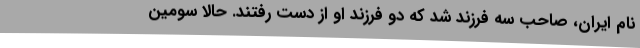
نام ایران، صاحب سه فرزند شد که دو فرزند او از دست رفتند. حالا سومین